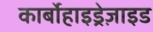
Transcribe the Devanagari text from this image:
कार्बोहाइड्रेज़ाइड